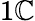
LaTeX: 1\mathbb{C}